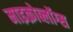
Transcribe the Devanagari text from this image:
माइक्रोब्लॉग्स